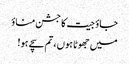
جاؤ جیت کا جشن مناؤ
میں جھوٹا ہوں ، تم سچے ہو!